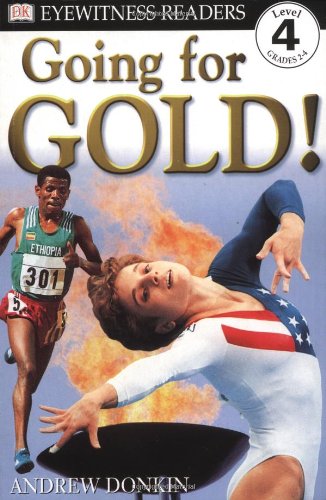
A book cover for Going for Gold! (DK Readers: Level 4: Proficient Readers); Andrew Donkin; Children's Books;